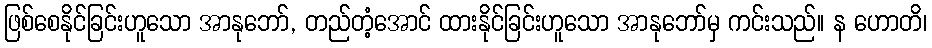
ဖြစ်စေနိုင်ခြင်းဟူသော အာနုဘော်, တည်တံ့အောင် ထားနိုင်ခြင်းဟူသော အာနုဘော်မှ ကင်းသည်။ န ဟောတိ၊